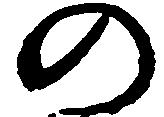
の